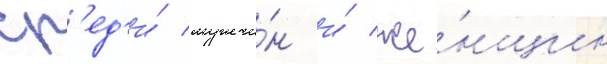
ср'ед'и́ мужчи́н и́ же́нщин